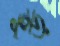
হুড়